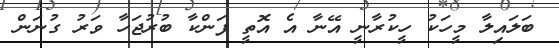
ބަލައިލާ މީހަކު ހީކުރާނީ އޭނާ އެ އޮތީ ފަންކާ ބުރުޖަހާ ވަރު ގުނަން